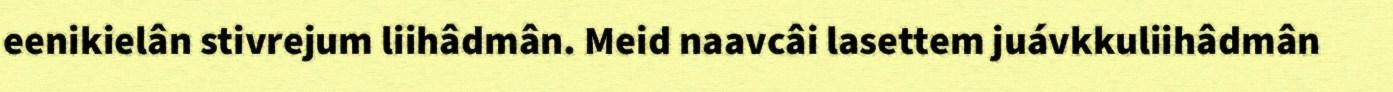
eenikielân stivrejum liihâdmân. Meid naavcâi lasettem juávkkuliihâdmân